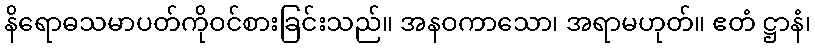
နိရောဓသမာပတ်ကိုဝင်စားခြင်းသည်။ အနဝကာသော၊ အရာမဟုတ်။ ဧတံ ဋ္ဌာနံ၊